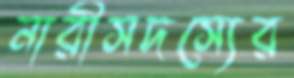
নারীসদস্যের